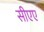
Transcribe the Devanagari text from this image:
सीएए